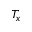
T _ { x }